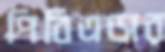
পিবিএসের